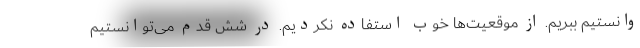
وانستیم ببریم. از موقعیت‌ها خوب استفاده نکردیم. در شش قدم می‌توانستیم